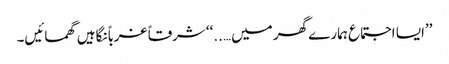
’’ایسا اجتماع ہمارے گھر میں…..‘‘ شرقاً غرباً نگاہیں گھمائیں۔